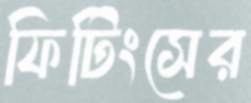
ফিটিংসের